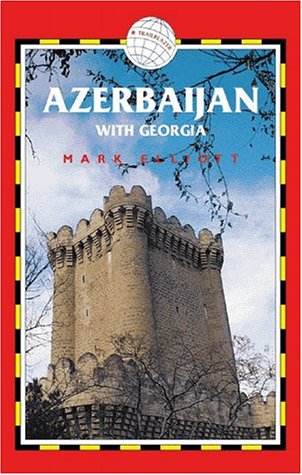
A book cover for Azerbaijan With Georgia; Mark Elliott; Travel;